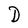
Character: D